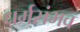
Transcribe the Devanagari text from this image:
धर्मसंभव